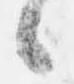
候